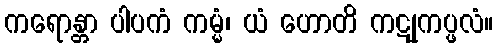
ကရောန္တာ ပါပကံ ကမ္မံ၊ ယံ ဟောတိ ကဋုကပ္ဖလံ။